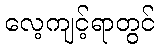
လေ့ကျင့်ရာတွင်